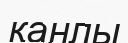
қанлы